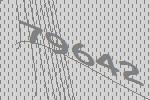
79642